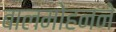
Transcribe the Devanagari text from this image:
बालमोहनने